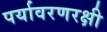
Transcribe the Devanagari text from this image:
पर्यावरणरक्षी